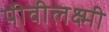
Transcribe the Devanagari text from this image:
पीवीलक्ष्मी